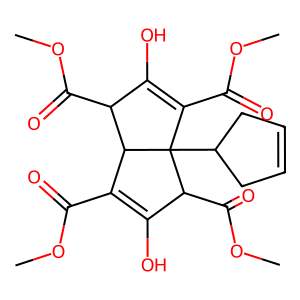
SMILES: COC(=O)C1=C(O)C(C(=O)OC)C2(C3CC=CC3)C(C(=O)OC)=C(O)C(C(=O)OC)C12
Inhibits HIV replication: No